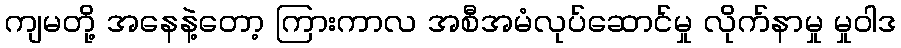
ကျမတို့ အနေနဲ့တော့ ကြားကာလ အစီအမံလုပ်ဆောင်မှု လိုက်နာမှု မှုဝါဒ